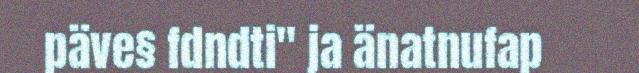
päve§ fdndti" ja änatnufap